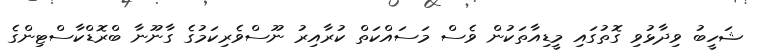
ޝަހީބު ވިދާޅުވި ގޮތުގައި މީޑިއާތަކުން ވެސް މަސައްކަތް ކުރާއިރު ނޫސްވެރިކަމުގެ ގާނޫނާ ބްރޮޑްކާސްޓިންގެ